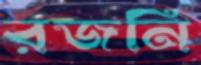
রজনি